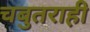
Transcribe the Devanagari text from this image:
चबुतराही